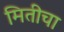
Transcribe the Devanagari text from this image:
मितीचा